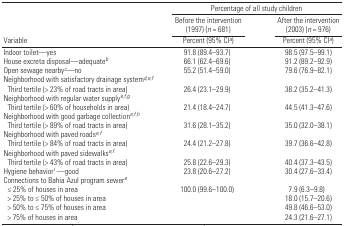
<table><thead><tr><td></td><td colspan="2"><b>Percentage of all study children</b></td></tr><tr><td></td><td><b>Before the intervention (1997) (<i>n</i> = 681)</b></td><td><b>After the intervention (2003) (<i>n</i> = 976)</b></td></tr><tr><td><b>Variable</b></td><td><b>Percent (95% CIa)</b></td><td><b>Percent (95% CIa)</b></td></tr></thead><tbody><tr><td>Indoor toilet—yes</td><td>91.8 (89.4–93.7)</td><td>98.5 (97.5–99.1)</td></tr><tr><td>House excreta disposal—adequateb</td><td>66.1 (62.4–69.6)</td><td>91.2 (89.2–92.9)</td></tr><tr><td>Open sewage nearbyc—no</td><td>55.2 (51.4–59.0)</td><td>79.6 (76.9–82.1)</td></tr><tr><td colspan="3">Neighborhood with satisfactory drainage systemd,e,f</td></tr><tr><td> Third tertile (&gt; 23% of road tracts in area)</td><td>26.4 (23.1–29.9)</td><td>38.2 (35.2–41.3)</td></tr><tr><td colspan="3">Neighborhood with regular water supplye,f,g</td></tr><tr><td> Third tertile (&gt; 60% of households in area)</td><td>21.4 (18.4–24.7)</td><td>44.5 (41.3–47.6)</td></tr><tr><td colspan="3">Neighborhood with good garbage collectione,f,h</td></tr><tr><td> Third tertile (&gt; 89% of road tracts in area)</td><td>31.6 (28.1–35.2)</td><td>35.0 (32.0–38.1)</td></tr><tr><td colspan="3">Neighborhood with paved roadse,f</td></tr><tr><td> Third tertile (&gt; 84% of road tracts in area)</td><td>24.4 (21.2–27.8)</td><td>39.7 (36.6–42.8)</td></tr><tr><td colspan="3">Neighborhood with paved sidewalkse,f</td></tr><tr><td> Third tertile (&gt; 43% of road tracts in area)</td><td>25.8 (22.6–29.3)</td><td>40.4 (37.3–43.5)</td></tr><tr><td>Hygiene behaviori —good</td><td>23.8 (20.6–27.2)</td><td>30.4 (27.6–33.4)</td></tr><tr><td colspan="3">Connections to Bahia Azul program sewere</td></tr><tr><td> ≤ 25% of houses in area</td><td>100.0 (99.6–100.0)</td><td>7.9 (6.3–9.8)</td></tr><tr><td> &gt; 25% to ≤ 50% of houses in area</td><td></td><td>18.0 (15.7–20.6)</td></tr><tr><td> &gt; 50% to ≤ 75% of houses in area</td><td></td><td>49.8 (46.6–53.0)</td></tr><tr><td> &gt; 75% of houses in area</td><td></td><td>24.3 (21.6–27.1)</td></tr></tbody></table>